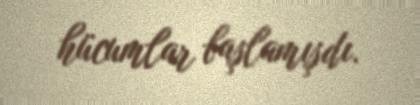
hücumlar başlamışdı.